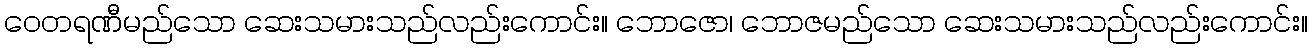
ဝေတရဏီမည်သော ဆေးသမားသည်လည်းကောင်း။ ဘောဇော၊ ဘောဇမည်သော ဆေးသမားသည်လည်းကောင်း။